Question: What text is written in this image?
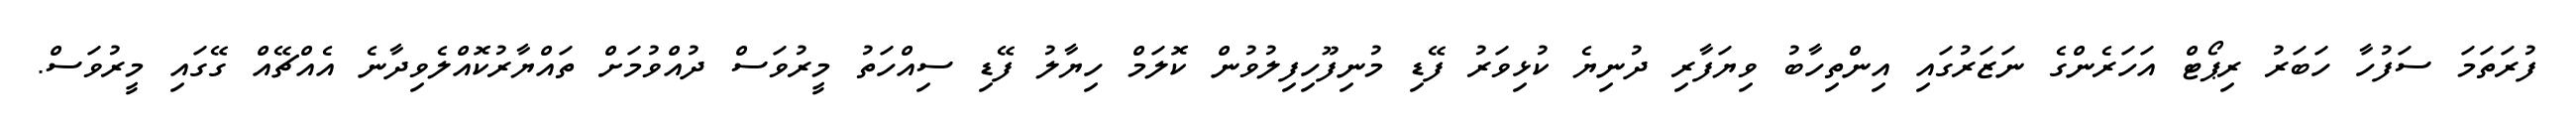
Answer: ފުރަތަމަ ސަފުހާ ހަބަރު ރިޕޯޓް އަހަރެންގެ ނަޒަރުގައި އިންތިހާބު ވިޔަފާރި ދުނިޔެ ކުޅިވަރު ފޭޑި މުނިފޫހިފިލުވުން ކޮލަމް ހިޔާލު ފޭޑި ސިއްހަތު މީރުވަސް ދުއްވުމަށް ތައްޔާރުކޮއްލެވިދާނެ އެއްޗޭއް ގޭގައި މީރުވަސް.